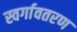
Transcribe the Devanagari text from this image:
स्वर्गावतरण